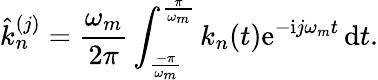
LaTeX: \hat{k}_{n}^{(j)}=\frac{\omega_{m}}{2\pi}\int_{\frac{-\pi}{\omega_{m}}}^{\frac{\pi}{\omega_{m}}}k_{n}(t)\mathrm{e}^{-\mathrm{i}j\omega_{m}t}\, \mathrm{d}t.